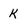
Character: k